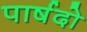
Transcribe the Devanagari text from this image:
पार्षदो